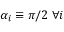
\alpha _ { i } \equiv \pi / 2 \; \forall i